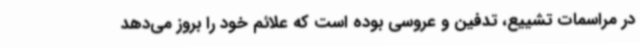
در مراسمات تشییع، تدفین و عروسی بوده است که علائم خود را بروز می‌دهد